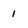
Character: 1